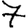
Digit: 7